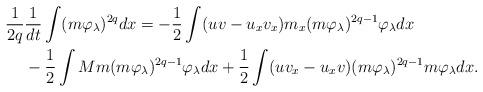
LaTeX: \begin{align*}& \frac{1}{2q}\frac{1}{dt}\int (m\varphi _{\lambda})^{2q}dx=-\frac{1}{2}\int (uv-u_xv_x)m_x(m\varphi _{\lambda})^{2q-1}\varphi _{\lambda}dx\\&\phantom{ \frac{1}{2q}}-\frac{1}{2}\int M m(m\varphi _{\lambda})^{2q-1}\varphi _{\lambda} dx+\frac{1}{2}\int (uv_x-u_x v)(m\varphi _{\lambda})^{2q-1}m\varphi _{\lambda} dx.\end{align*}